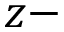
z -